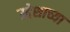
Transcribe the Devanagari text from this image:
उद्देशाच्या